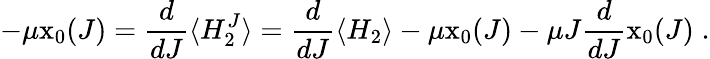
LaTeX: -\mu\mathrm{x}_{0}(J)=\frac{d}{dJ}\langle H_{2}^{J}\rangle=\frac{d}{dJ}\langle H_{2}\rangle-\mu\mathrm{x}_{0}(J)-\mu J\frac{d}{dJ}\mathrm{x}_{0}(J)\; .